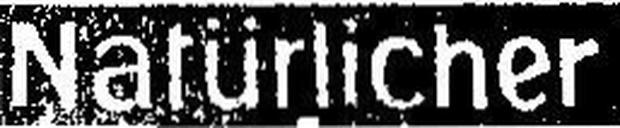
Natürlicher